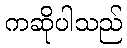
ကဆိုပါသည်